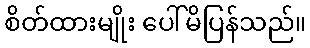
စိတ်ထားမျိုး ပေါ်မိပြန်သည်။